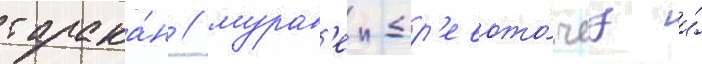
тарака́н / мурав'еи-др'евото́чец и́